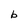
Character: b